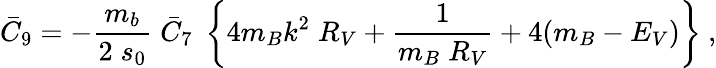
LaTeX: \bar{C}_{9}=-\frac{m_{b}}{2\; s_{0}}\; \bar{C}_{7}\; \left\{ 4m_{B}k^{2}\; R_{V}+\frac{1}{m_{B}\; R_{V}}+4(m_{B}-E_{V})\right\} ~,